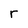
Character: r